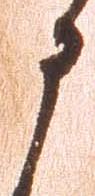
申